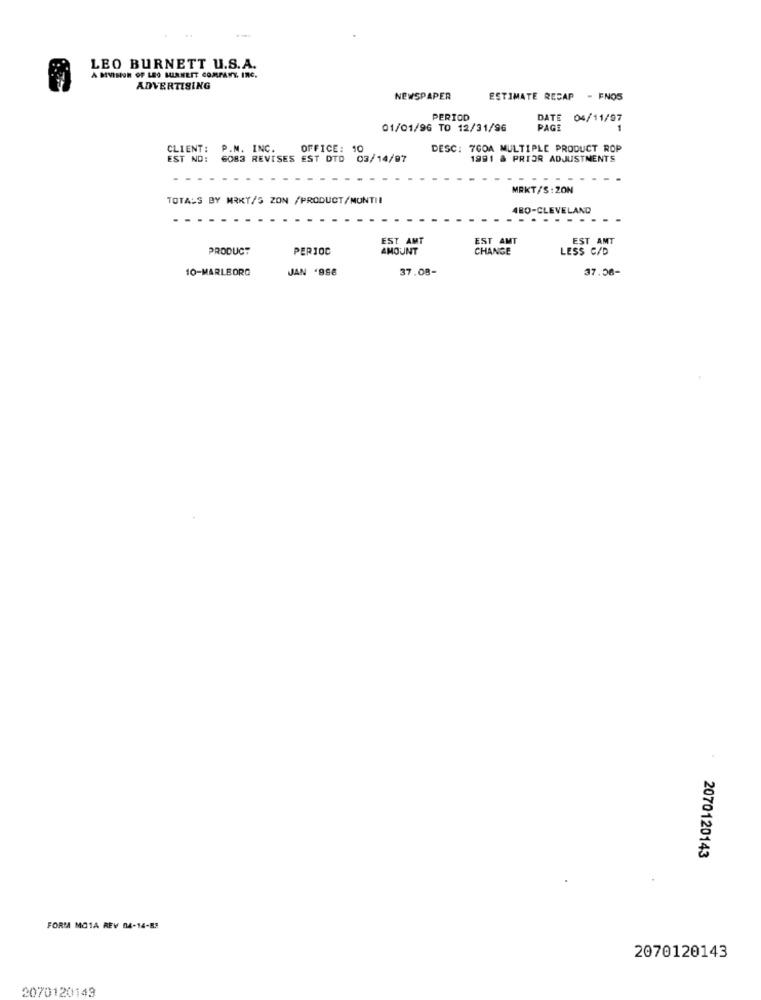
LEO BURNETT U.S.A.
A MVISION OF LEO MIRNEIT COMPANY, INC.
ADVERTISING
NEWSPAPER
ESTIMATE RECAP - FNOS
PERIOD
DATE 04/11/97
01/01/96 TO 12/31/96
PAGE
CLIENT: P.M. INC.
OFFICE:
DESC: 700A MULTIPLE PRODUCT ROP
EST ND:
6083 REVISES EST DTD
03/14/97
1991 & PRIOR ADJUSTMENTS
MRKT/S:ZON
TOTALS BY MRKY/S ZON /PRODUCT/MONTI!
4BO-CLEVELAND
EST AMT
EST AMT
EST AMT
PRODUCT
PERIOC
AMOUNT
CHANGE
LESS C/D
10-MARLBORO
JAN '956
37.08-
37.58-
2070120143
FORMA MO1A REV 04-14-BS
2070120143
2070120143